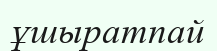
ұшыратпай